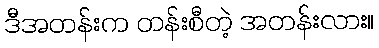
ဒီအတန်းက တန်းစီတဲ့ အတန်းလား။